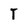
Character: T